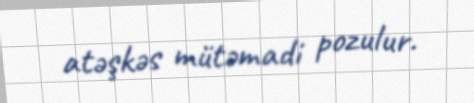
atəşkəs mütəmadi pozulur.